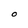
Character: O